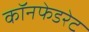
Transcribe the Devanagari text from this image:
कॉनफेडरेट